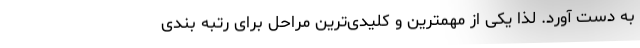
به دست آورد. لذا یکی از مهمترین و کلیدی‌ترین مراحل برای رتبه بندی